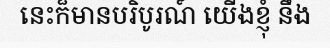
នេះក៏មានបរិបូរណ៍ យើងខ្ញុំ នឹង